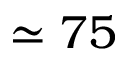
\simeq 7 5